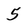
Character: 5